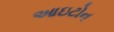
આઇટોન